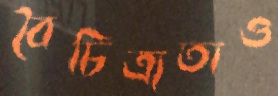
বৈচিত্র্যতাও